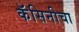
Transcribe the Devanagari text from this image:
कॅसिनीचा